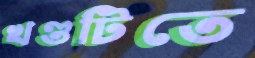
খণ্ডটিতে